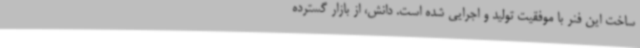
ساخت این فنر با موفقیت تولید و اجرایی شده است. دانش، از بازار گسترده